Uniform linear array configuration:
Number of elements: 16
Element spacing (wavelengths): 1
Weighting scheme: kaiser
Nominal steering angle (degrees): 0
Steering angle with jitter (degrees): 0.8126
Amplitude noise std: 0.05
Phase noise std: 0.05

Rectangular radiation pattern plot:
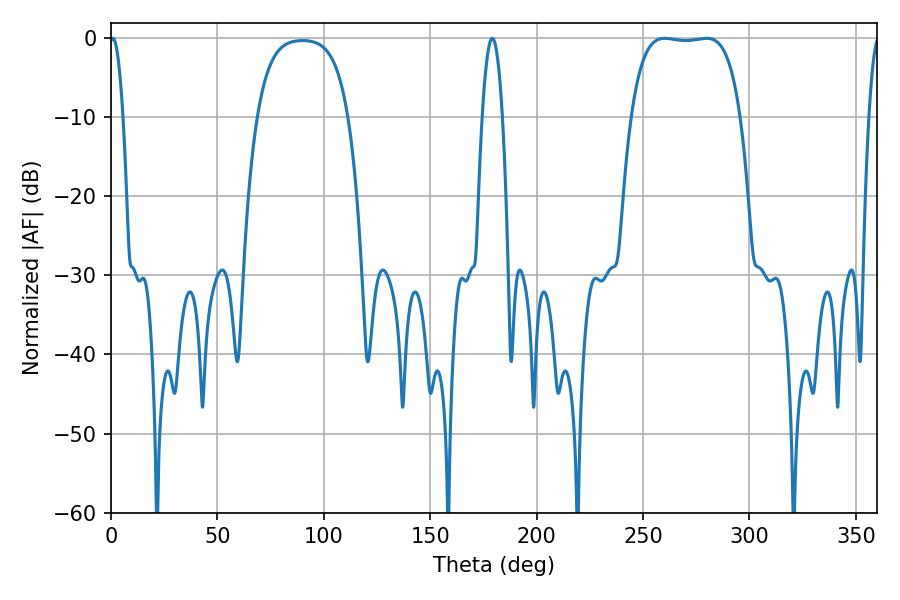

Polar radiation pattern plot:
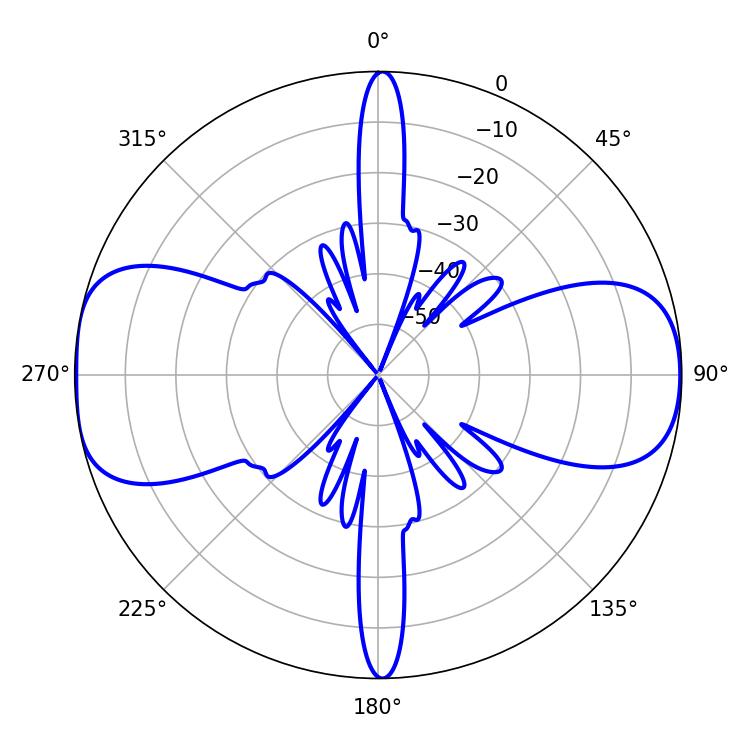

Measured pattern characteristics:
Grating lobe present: TRUE
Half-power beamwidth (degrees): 40.32
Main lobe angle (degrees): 260.28